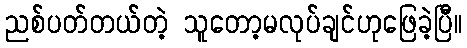
ညစ်ပတ်တယ်တဲ့ သူတော့မလုပ်ချင်ဟုဖြေခဲ့ပြီ။